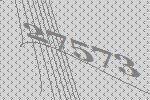
27573